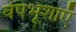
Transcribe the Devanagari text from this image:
वेषभूशाएँ